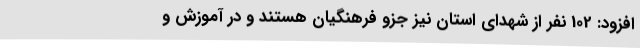
افزود: 102 نفر از شهدای استان نیز جزو فرهنگیان هستند و در آموزش و